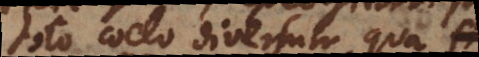
toto coelo diversum, qua